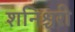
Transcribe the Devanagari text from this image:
शनिश्चरी